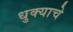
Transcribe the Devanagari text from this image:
धुक्याचे